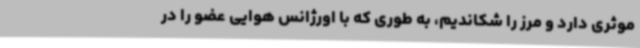
موثری دارد و مرز را شکاندیم، به طوری که با اورژانس هوایی عضو را در